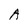
Character: A